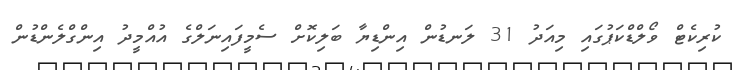
ކުރިކެޓް ވޯލްޑްކަަޕުގައި މިއަދު 31 ލަނޑުން އިންޑިޔާ ބަލިކޮށް ސެމީފައިނަލްގެ އުއްމީދު އިންގްލެންޑުން